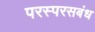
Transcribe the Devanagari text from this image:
परस्परसबंध